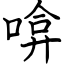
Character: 啽